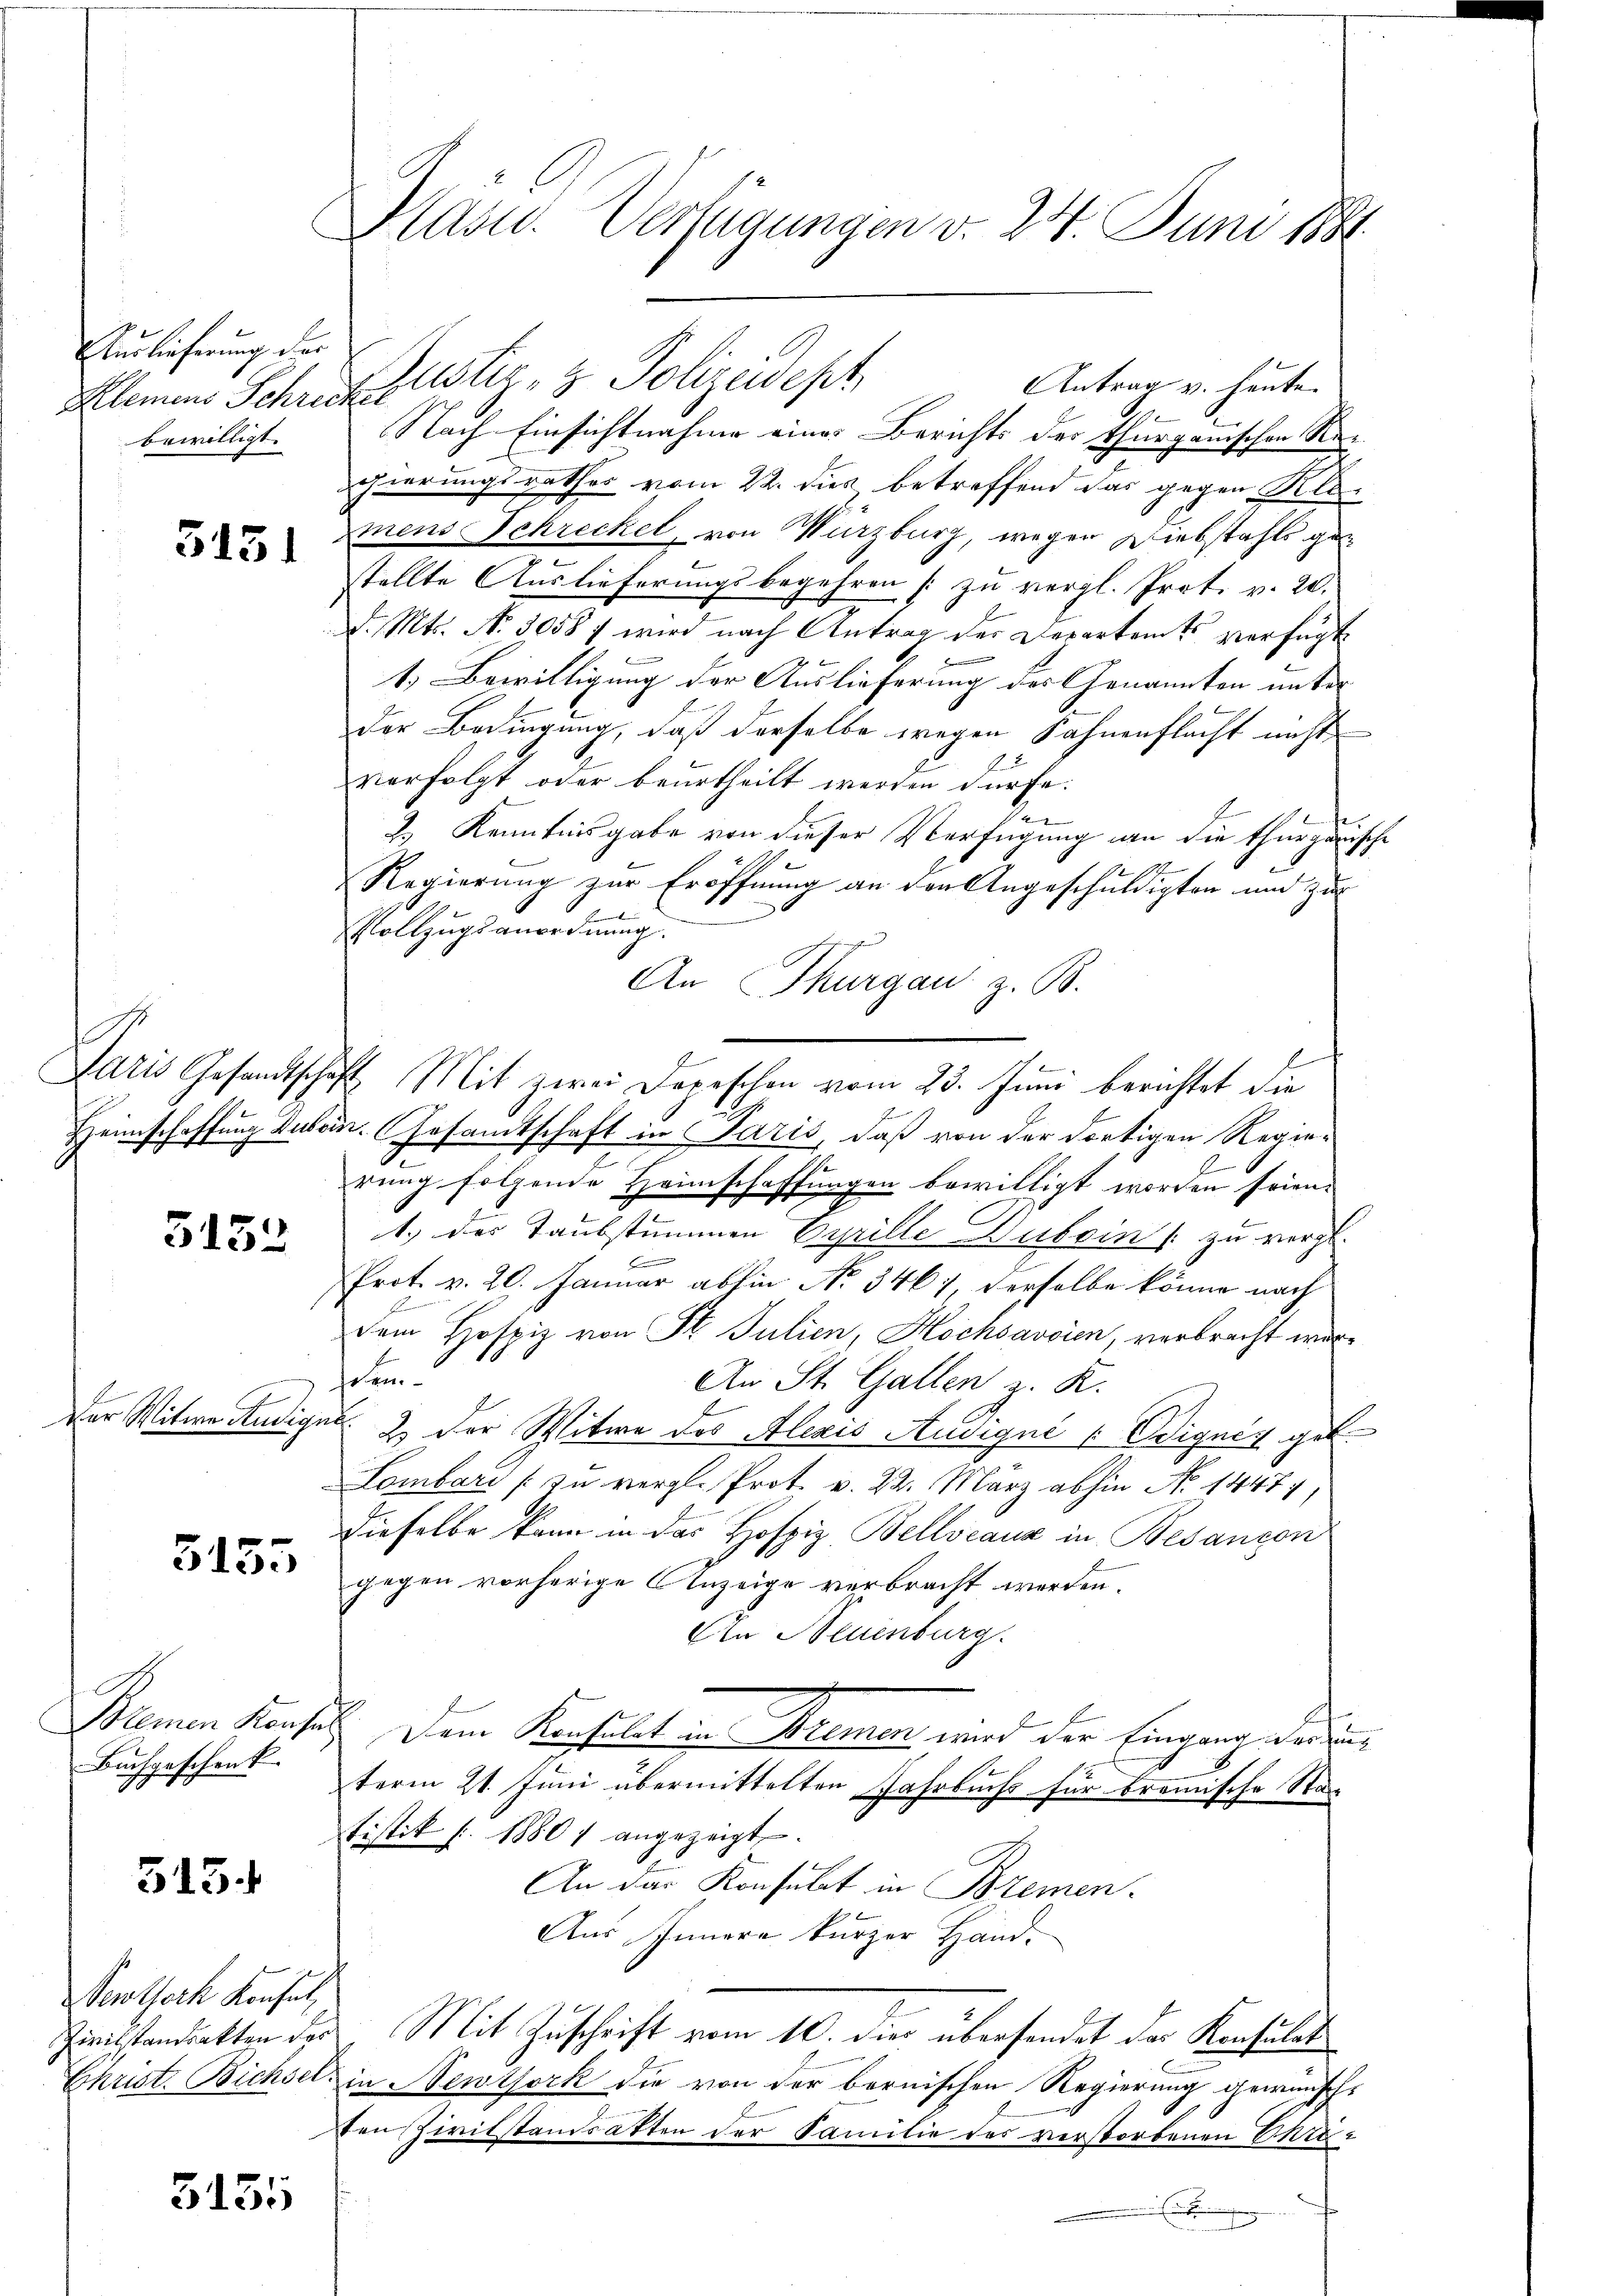
Auslieferung der
bewilligt.

3151

5152

Der Witwe Andig

5155

Buchgeschenk.
2.

315.

Pewloch Konsul,

5151

Plast. Verfügungen v. 24. Juni 1884.

Kleinen Schrift erster- & Polizeidept
2
Nach Einsichtnahme eines Berichts des Thurganischen Reigierungsrathes vom 22. dies betreffend das gegen Klamens Schreckel, von Würzburg, wegen Diebstahls gee
stellte Auslieferungsbegehren [zu vergl. Prot. v. 20.
d. Mts. N. 3058 f wird nach Antrag der Departamts verfügt
1.) Bewilligung der Auslieferung der Genannten unter
der Bedingung, daß derselbe wegen Fahnenflacht nicht
verfolgt oder beurtheilt werden dürfe.
7
2.) Kenntnisgabe von dieser Verfügung an die Thurgansche
1217
Regierung zur Eröffnung an den Angeschuldigten und zu
B
Vollzugsanordnung.
An Thurgau, z. B.
Paris Gesandtschaft Mit zwei Depeschen vom 23. Juni berichtet die
Heimschaffung Suborn. Gesamtschaft in Paris, daß von der dortigen Regierung folgende Heimschaffungen bewilligt worden seien.
.
1.) des Taubstummen Cyrille Duboin [zu vergl.
Prot. v. 20. Januar abhin No 3467 derselbe könne nach
dem Hospiz von St. Julien, Hochsavoien, verbracht werschei
An St. Gallen z. R.
gub. 2 der Witwe des Alexis Audiqué (Edignis geb.
Lombare (zu vergl. Prot. v. 22. März abhin No 1447
dieselbe kann in das Hofpiz, Bellveaux in Besancon
gegen vorherige Anzeige verbracht werden.
An Neuenburg.
Blemen Konses. Dem Konsulat in Kremen wird der Eingang werden
term 21. Juni übermittelten Fahrbuchs für bromische Stat
tistik s. 1880 angezeigt.
An das Konsulat in Bremen
Aus Innere kurzer Hand-
Zivilstandsakten der Mit Zuschrift vom 10. dies übersendet das Konsulat
Christ. Bichsel in Newtork die von der bernischen Regierung gewünschten Zivilstandsatten der Familie des verstorbenen Chri¬
E

Antrag v. heute.